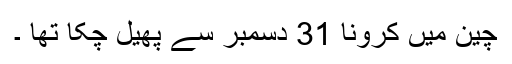
چین میں کرونا 31 دسمبر سے پھیل چکا تھا ۔